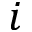
i